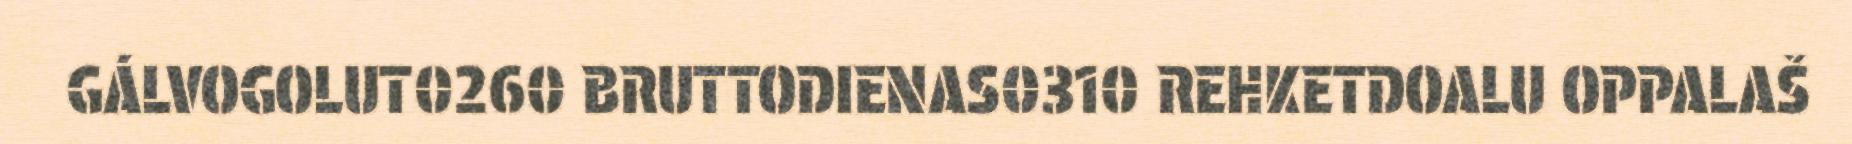
GÁLVOGOLUT0260 BRUTTODIENAS0310 REHKETDOALU OPPALAŠ